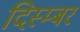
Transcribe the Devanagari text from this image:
दिस्म्बर